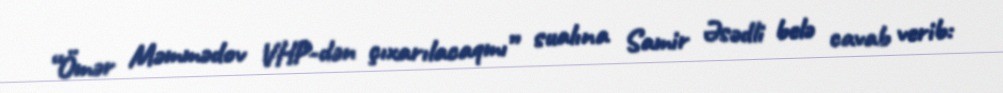
“Ömər Məmmədov VHP-dən çıxarılacaqmı” sualına Samir Əsədli belə cavab verib: